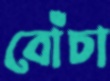
বোঁচা